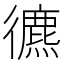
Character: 𢖐